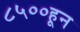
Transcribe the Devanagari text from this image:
८५००हून